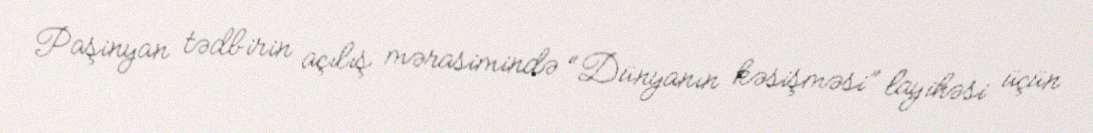
Paşinyan tədbirin açılış mərasimində “Dünyanın kəsişməsi” layihəsi üçün